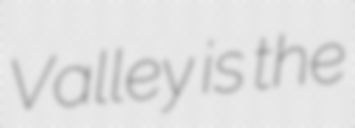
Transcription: Valley is the